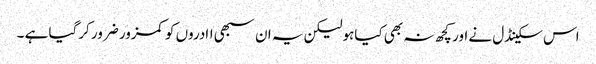
اس سکینڈل نے اور کچھ نہ بھی کیاہولیکن یہ ان سبھی اادروں کو کمزور ضرور کرگیا ہے ۔